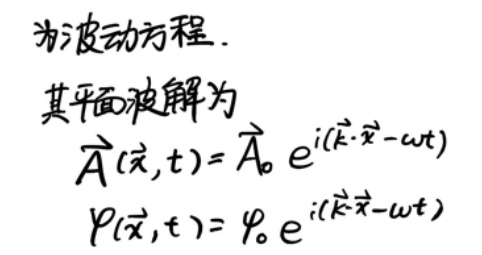
为波动方程. 其平面波解为
\[
\vec{A}(\vec{x},t)=\vec{A}_{0}e^{i(\vec{k}\cdot\vec{x}-\omega t)}
\]
\[
\vec{\varphi}(\vec{x},t)=\varphi_{0}e^{i(\vec{k}\cdot\vec{x}-\omega t)}
\]